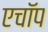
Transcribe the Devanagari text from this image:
एचॉप